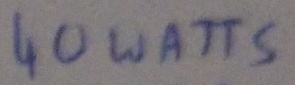
Text: 40 WATTS